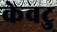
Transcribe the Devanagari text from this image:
केवटु